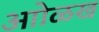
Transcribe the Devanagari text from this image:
आोळख